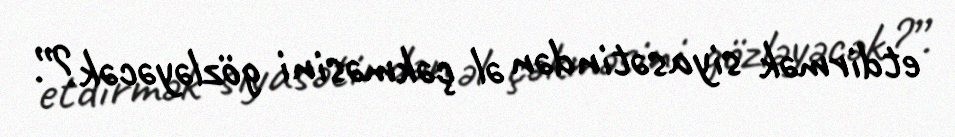
etdirmək siyasətindən əl çəkməsini gözləyəcək?”.